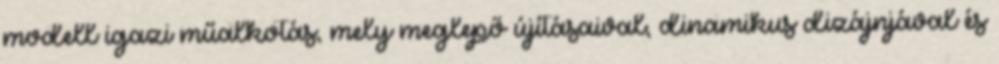
modell igazi műalkotás, mely meglepő újításaival, dinamikus dizájnjával és